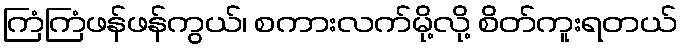
ကြံကြံဖန်ဖန်ကွယ်၊ စကားလက်မို့လို့ စိတ်ကူးရတယ်